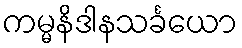
ကမ္မနိဒါနသင်္ခယော